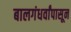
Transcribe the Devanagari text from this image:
बालगंधर्वांपासून